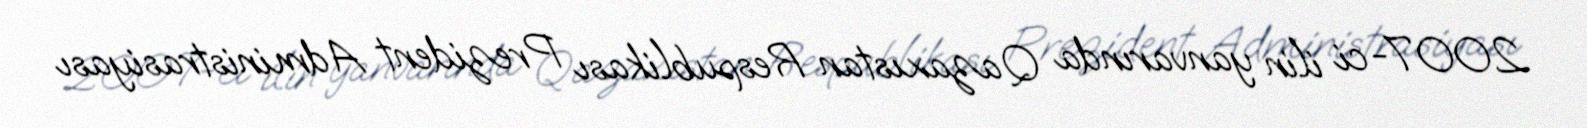
2007-ci ilin yanvarında Qazaxıstan Respublikası Prezident Administrasiyası